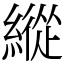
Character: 縱